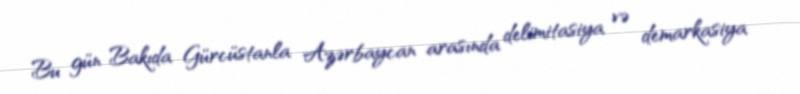
Bu gün Bakıda Gürcüstanla Azərbaycan arasında delimitasiya və demarkasiya